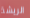
الريشة